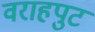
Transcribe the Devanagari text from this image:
वराहपुट